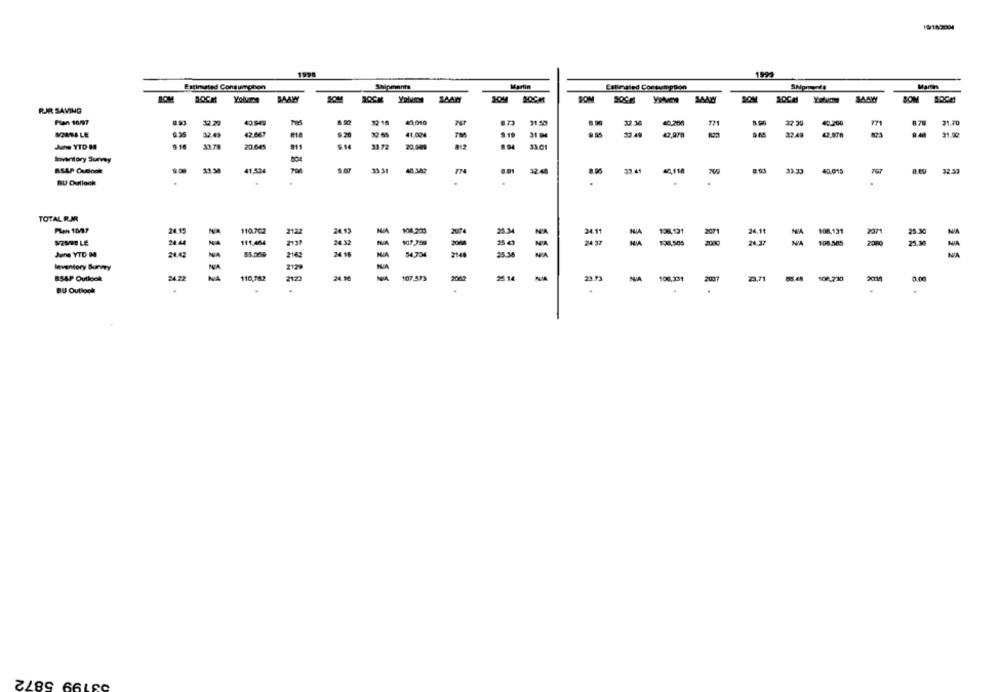
19/182001
1999
Estimated Consumption
Shipments
Martin
Entinaled Consumption
Martins
SAAW
BOCH
SAAK
Yolunse
SOM
SOCH
SON
SOM
RIR SAVING
40 949
32 15
40,010
31.50
49.306
8.70
31.70
41.004
32.49
42.667
9.20
31.04
9 55
23.40
37.49
31.90
23.645
33.72
20.5429
June YTD 80
31.01
Inventory Sunny
604
BSAP Outlook
11,524
33.31
40.342
8.95
33.44
700
40.015
BU Outlook
TOTAL R.JR
Plen 1007
24.11
24.15
110.202
2122
24.12
-200
25.34
24.11
207
WIA
108,131
2071
25.30
24.44
24.32
24 3
2080
24.37
108.585
2137
11
NIA
June YTD 00
24.42
NA
2168
54,704
214
25.50
NIA
Inventory Survey
NA
2129
23,71
BSAP Ouileek
116,762
2123
11111
107.573
2062
25.14
23.93
NA
106,331
2001
108230
0.00
BU Outlook
.
03199 5872